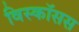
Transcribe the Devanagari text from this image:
विस्कॉसस